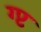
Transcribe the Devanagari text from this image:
ग्प्ट